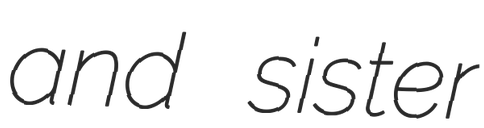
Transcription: and sister